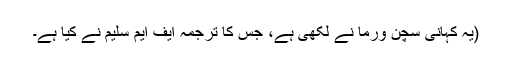
(یہ کہانی سچن ورما نے لکھی ہے، جس کا ترجمہ ایف ایم سلیم نے کیا ہے۔